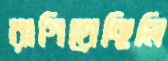
রাগিয়েছিলি